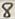
Text: 8